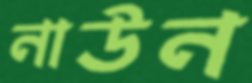
নাউন